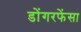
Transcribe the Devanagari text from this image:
डोंगरफेंसा